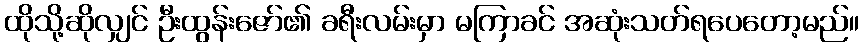
ထိုသို့ဆိုလျှင် ဦးထွန်းဇော်၏ ခရီးလမ်းမှာ မကြာခင် အဆုံးသတ်ရပေတော့မည်။